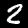
Label: 2